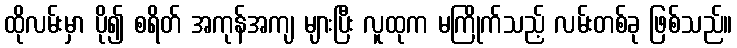
ထိုလမ်းမှာ ပို၍ စရိတ် အကုန်အကျ များပြီး လူထုက မကြိုက်သည့် လမ်းတစ်ခု ဖြစ်သည်။